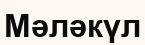
Мәләкүл